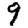
Digit: 9